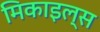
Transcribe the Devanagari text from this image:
मिकाइल्स